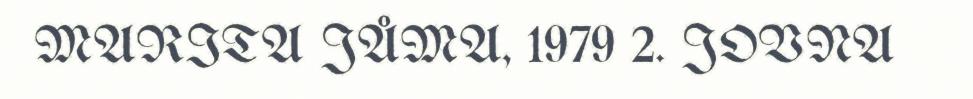
MARITA JÅMA, 1979 2. JOVNA